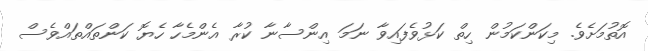
އޮތުމަށެވެ. މިކަންކަމުން ހިތް ކަޅުވެފައިވާ ނަމަ އިންސާނާ ކުރާ އެންމެހާ ހެޔޮ ކަންތައްތައްވެސް